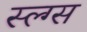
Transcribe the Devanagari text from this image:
स्ल्ग्स